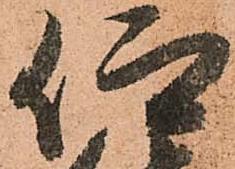
仰